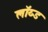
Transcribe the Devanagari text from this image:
लॉय्ड